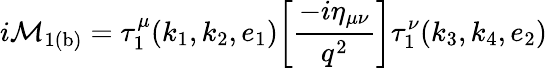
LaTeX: {i\cal M}_{\mathrm{1(b)}}=\tau_{1}^{\mu}(k_{1},k_{2},e_{1})\bigg[\frac{-i{\eta}_{\mu\nu}}{q^{2}}\bigg]\tau_{1}^{\nu}(k_{3},k_{4},e_{2})